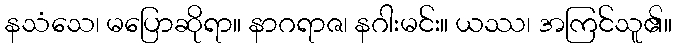
နသံသေ၊ မပြောဆိုရာ။ နာဂရာဇ၊ နဂါးမင်း။ ယဿ၊ အကြင်သူ၏။